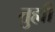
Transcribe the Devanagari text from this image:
तुह्मीं